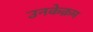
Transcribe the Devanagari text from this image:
उनकेक्रम